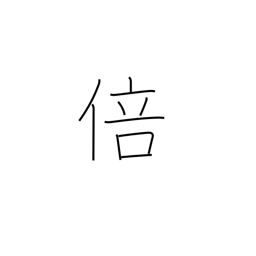
Meaning: fold